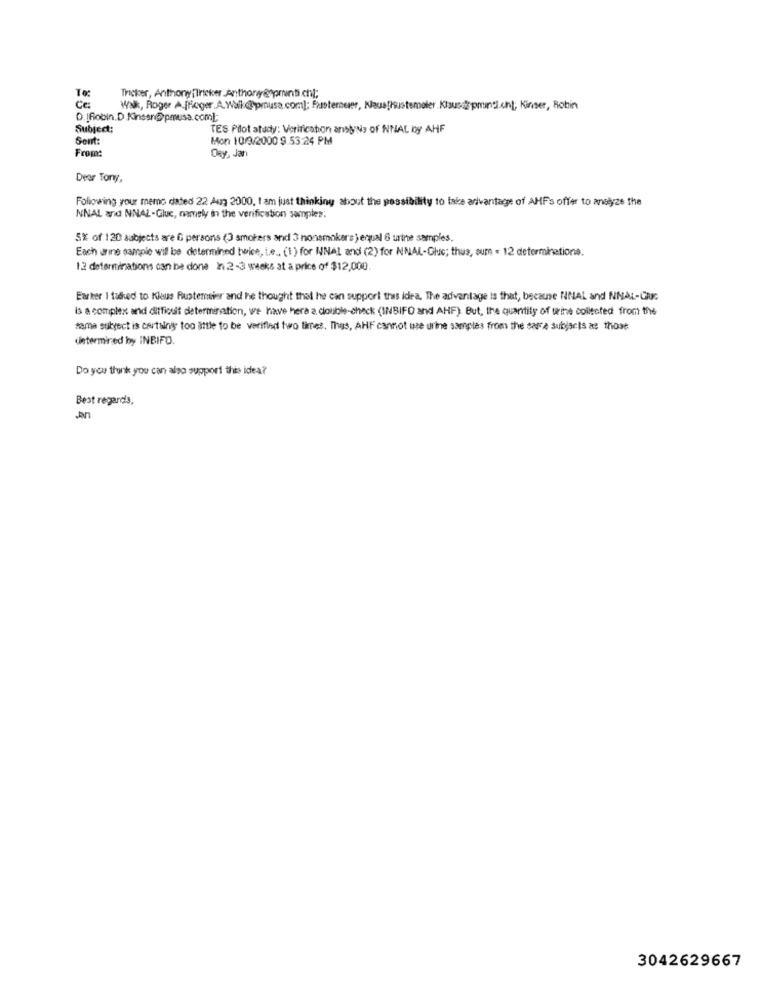
To:
Thicker, Anthony [Tricker Anthony@ pronti.chl;
CE
Walk, Roger A finger.A.Wall@prousa.com); Fastemeer, Naus[hustemaler.Klaus@ppman.on; Kinser, Robin
D.IRobin.D Kinssn@pmusa.com];
Subject:
TES Pilot study: Verification ansjing of NNAL iny AHF
Sent:
Mon 10/3/2000 9 53:24 PM
Day, Jan
Dear Tony,
Following your memo dated 22 Aug 2000, I am just thinking about the possibility to take arlvantaget of AHFs offer to analyze the
NNAL and NNAL-Gluc, namely in the verification samples:
5% of 120 subjects are G persons (3 smokers and 3 nonsmokers ) equal 6 urine samples.
Each urine sample will be determined twice, i.e. (1) for NINAL and (2) for NINAL-Glue; thus, sum - 12 determinations.
12 determinations can be done Ini 2 -3 weeks at a price of $12,000.
Earker I faded to Klus Rustensier and he thought that he can support this idea. The advantage is that, because NINAL and NNAL-GRI
is a complex and difficult determination, we have hera a double-check (INBIFO and AHF). But, the quantity of urine collected from the
sama sulyect is certainly too little to be verified two times. Thus, AHF cannot use urine samples from the sarre subjects as those
determined by INBIFO.
Do you think you can also support this idea?
Best regards,
3042629667